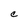
Character: C